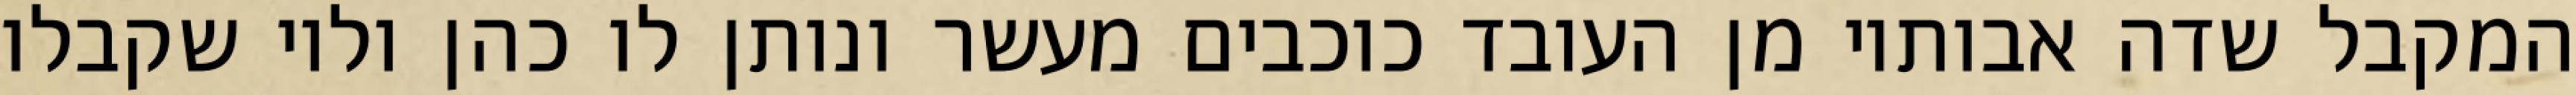
המקבל שדה אבותיו מן העובד כוכבים מעשר ונותן לו כהן ולוי שקבלו